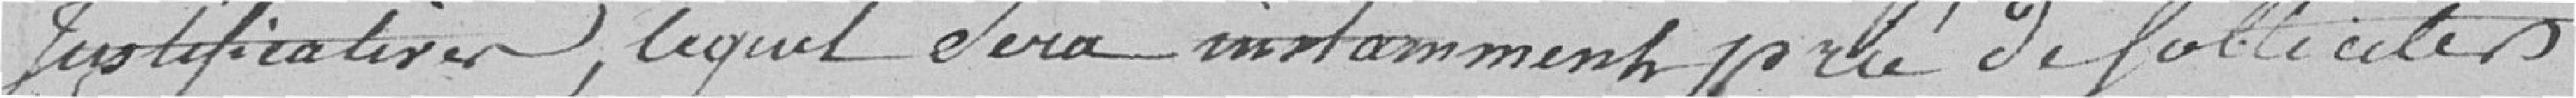
justificatives, lequel sera instamment prié de solliciter